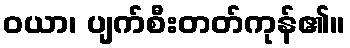
ဝယာ၊ ပျက်စီးတတ်ကုန်၏။